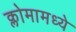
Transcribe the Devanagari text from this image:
क्लोमामध्ये